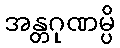
အန္တဂုဏမ္ပိ